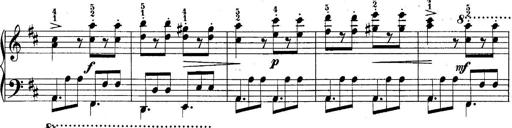
Title: 10 Sonatines progressives
Composer: Anton Schmoll